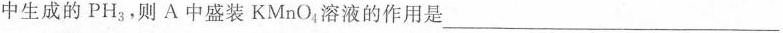
中生成的PH_{3}，则A中盛装KMnO4溶液的作用是___